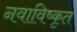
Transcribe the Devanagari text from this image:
नवाविष्कृत